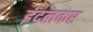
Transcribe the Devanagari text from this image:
इंदलकर